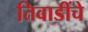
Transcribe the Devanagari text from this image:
तिवाडींचे